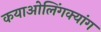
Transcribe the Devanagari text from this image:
कयाओलिंगक्यांग